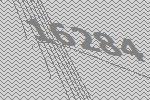
16284